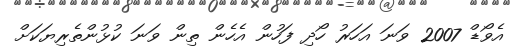
އެވޯޑް 2007 ވަނަ އަހަރު ހޯދި ފަހުން އެހެން ތިން ވަނަ ކުޅުންތެރިޔަކަށް